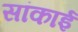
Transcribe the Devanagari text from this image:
सांकाई